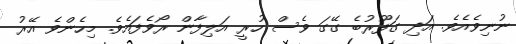
ނުނިވެއެވެ. އަދި ގަފޫރުބެ ގޭގަ ވެސް ހުރީ އަލިފާން ރޯވެފައެވެ. މިހެންވެ އޭރު